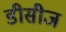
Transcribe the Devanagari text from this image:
डीसीज